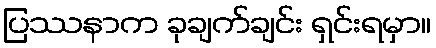
ပြဿနာက ခုချက်ချင်း ရှင်းရမှာ။